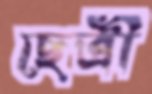
ছেত্রী